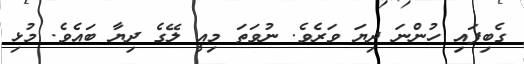
ގެބިފައި ހުންނަ ދިޔަ ވަރެވެ. ނުވަތަ މިއީ ލޭގެ ދިޔާ ބައެވެ. މުޅި